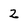
Character: 2